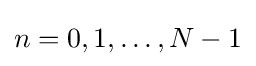
n=0,1,\ldots ,N-1